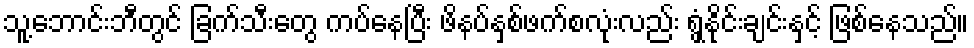
သူ့ဘောင်းဘီတွင် ခြက်သီးတွေ ကပ်နေပြီး ဖိနပ်နှစ်ဖက်စလုံးလည်း ရွှံ့နိုင်းချင်းနှင့် ဖြစ်နေသည်။